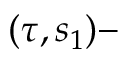
( \tau , s _ { 1 } ) -